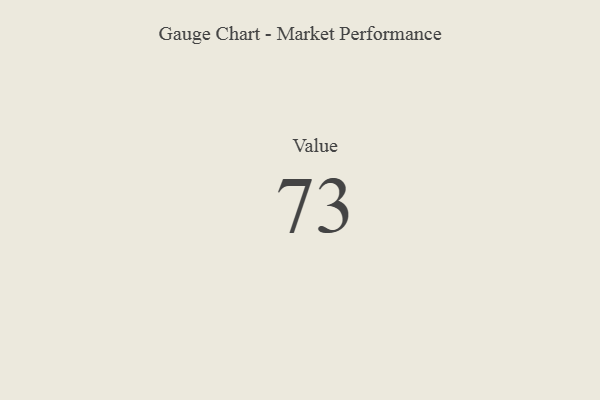
{"axis": {"x": "Metric", "y": "Value"}, "legend": [""], "data": [{"x": "Value", "y": 73, "type": ""}]}